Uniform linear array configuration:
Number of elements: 24
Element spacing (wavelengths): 1
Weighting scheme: cosine
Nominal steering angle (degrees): -30
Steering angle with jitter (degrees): -30.075
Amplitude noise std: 0.05
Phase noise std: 0.05

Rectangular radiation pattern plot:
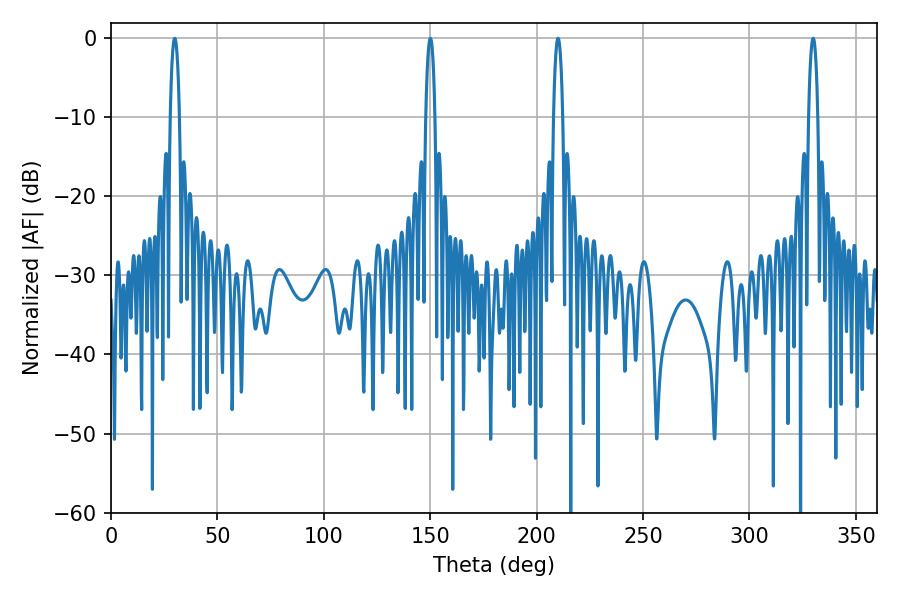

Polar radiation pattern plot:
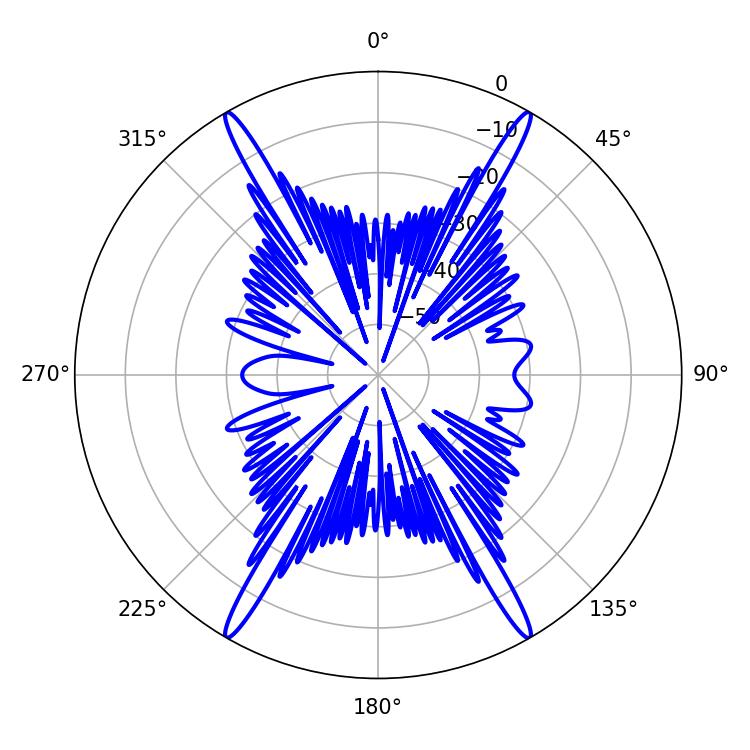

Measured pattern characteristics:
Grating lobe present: TRUE
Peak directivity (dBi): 46.116
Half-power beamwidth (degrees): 2.52
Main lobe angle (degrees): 329.94